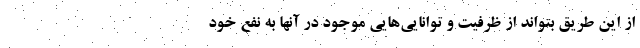
از این طریق بتواند از ظرفیت و توانایی‌هایی موجود در آنها به نفع خود